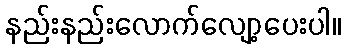
နည်းနည်းလောက်လျော့ပေးပါ။